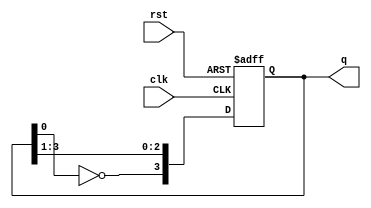
module johnson_counter (
    input clk,
    input rst,
    output [3:0] q
);
    reg [3:0] q_reg;

    always @(posedge clk or posedge rst) begin
        if (rst)
            q_reg <= 4'b0000;
        else
            q_reg <= {~q_reg[0], q_reg[3:1]};
    end

    assign q = q_reg;
endmodule